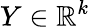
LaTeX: Y\in\mathbb{R}^{k}